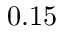
0 . 1 5